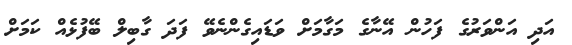
އަދި އަންވަރުގެ ފަހުން އޭނާގެ މަގާމަށް ވަޑައިގެންނެވޭ ފަދަ ގާބިލް ބޭފުޅެއް ކަމަށް